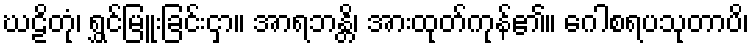
ဃဠိတုံ၊ ရွှင်မြူးခြင်းငှာ။ အာရဘန္တိ၊ အားထုတ်ကုန်၏။ ဂေါစရပသုတာပိ၊